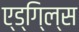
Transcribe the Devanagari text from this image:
ए्ड्गि्ल्स